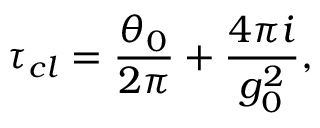
\tau _ { c l } = { \frac { \theta _ { 0 } } { 2 \pi } } + { \frac { 4 \pi i } { g _ { 0 } ^ { 2 } } } ,